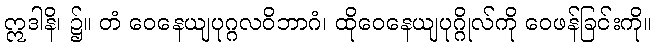
ဣဒါနိ၊ ၌။ တံ ဝေနေယျပုဂ္ဂလဝိဘာဂံ၊ ထိုဝေနေယျပုဂ္ဂိုလ်ကို ဝေဖန်ခြင်းကို။